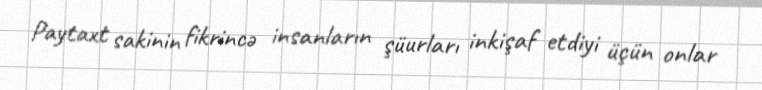
Paytaxt sakinin fikrincə insanların şüurları inkişaf etdiyi üçün onlar